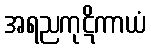
အရညကုဋိကာယံ